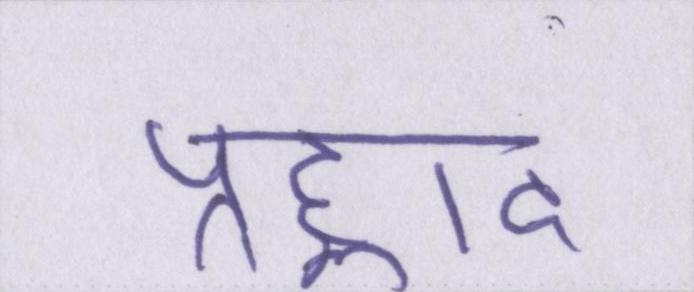
प्रह्लाद